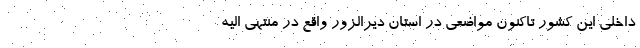
داخلی این کشور تاکنون مواضعی در استان دیرالزور واقع در منتهی الیه